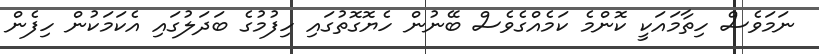
ނަމަވެސް ހިތާމައަކީ ކޮންމެ ކަމެއްގެވެސް ބޭނުން ހެޔޮގޮތުގައި ހިފުމުގެ ބަދަލުގައި އެކަމަކުން ހިފެން